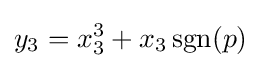
y_{3}=x_{3}^{3}+x_{3}\operatorname {sgn}(p)